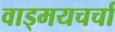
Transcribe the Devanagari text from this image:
वाड्मयचर्चा